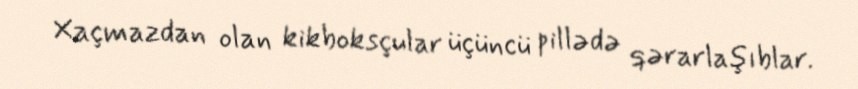
Xaçmazdan olan kikboksçular üçüncü pillədə qərarlaşıblar.